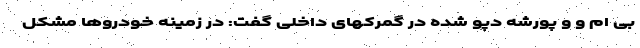
بی ام و و پورشه دپو شده در گمرکهای داخلی گفت: در زمینه خودروها مشکل